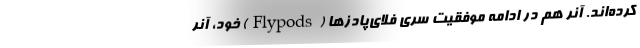
کرده‌اند. آنر هم در ادامه موفقیت سری فلای‌پادزها (Flypods) خود، آنر